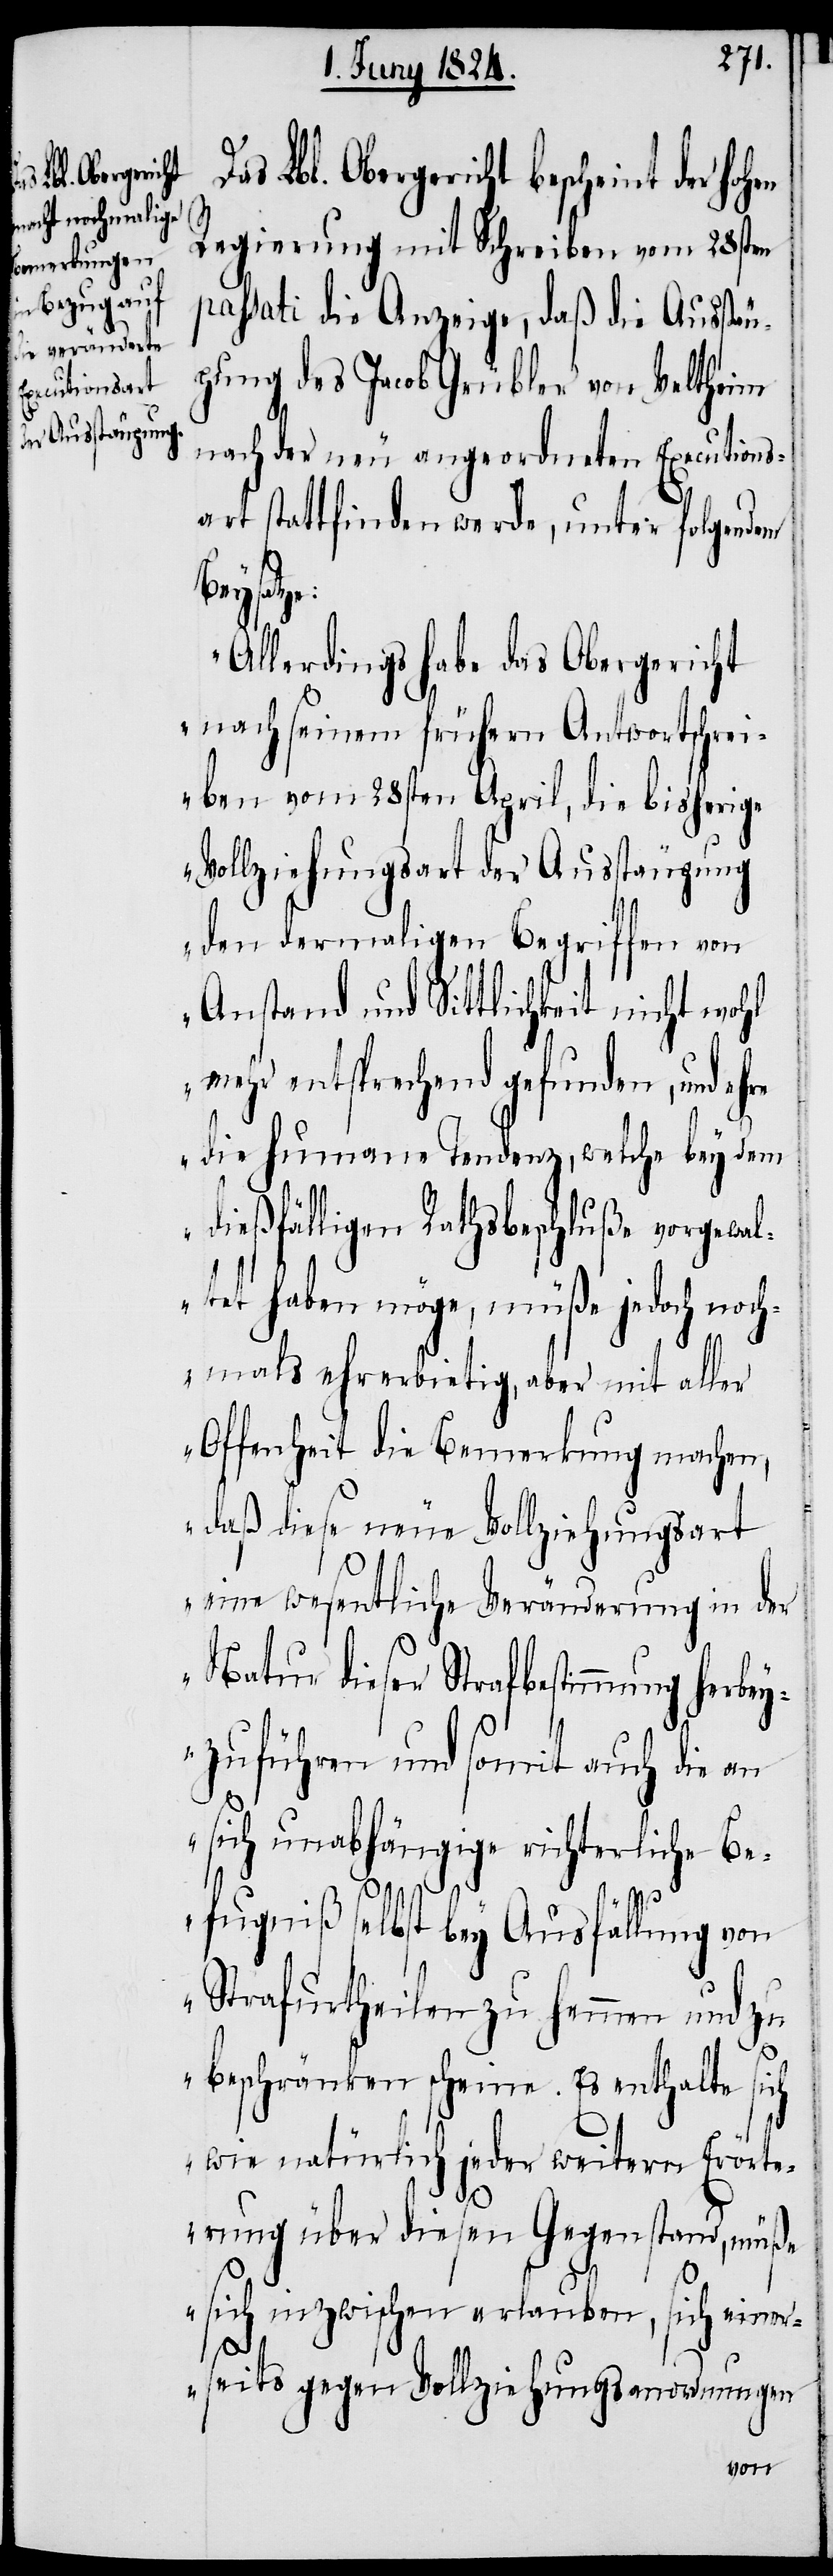
Lbl. Obergericht

Regierung mit Schreiben vom 28sten
passati die Anzeige, daß die Ausstäu¬
pung des Jacob Grübler von Veltheim
nach der neu angeordneten Executions¬
art stattfinden werde, unter folgendem
Beysatz¬
„Allerdings habe das Obergericht
nach seinem frühern Antwortschrei¬
ben vom 28sten April, die bisherige
Vollziehungsart der Ausstäupung
den dermaligen Begriffen von
Anstand und Sittlichkeit nicht wohl
mehr entsprechend gefunden, und ehre
die humane Tendenz, welche bey dem
dießfälligen Rathsbeschluße vorgewalt¬
et haben möge, müße jedoch noch¬
mals ehrerbietig, aber mit aller
Offenheit die Bemerkung machen,
daß diese neue Vollziehungsart
eine wesentliche Veränderung in der
Natur dieser Strafbestimmung herbey¬
zuführen und somit auch die an
sich unabhängige richterliche Be¬
fugniß selbst bey Ausfällung von
Strafurtheilen zu hemmen und zu
beschränken scheine. Es enthalte sich
wie natürlich jeder weitern Erörte¬
rung über diesen Gegenstand, müße
sich inzwischen erlauben, sich eine¬
e:
rseits gegen Vollziehungsanordnungen